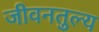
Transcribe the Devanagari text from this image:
जीवनतुल्य